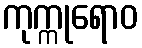
ကုက္ကုရောဝ